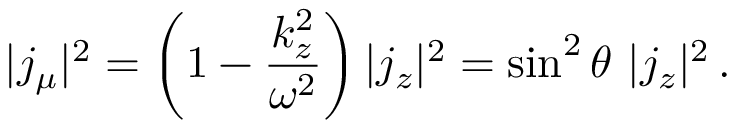
| j _ { \mu } | ^ { 2 } = \left( 1 - \frac { k _ { z } ^ { 2 } } { \omega ^ { 2 } } \right) | j _ { z } | ^ { 2 } = \sin ^ { 2 } \theta \ | j _ { z } | ^ { 2 } \, .